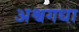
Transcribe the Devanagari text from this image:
अश्वगधा